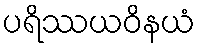
ပရိဿယဝိနယံ